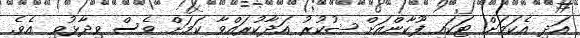
އަދި އެކަމަށް ޓަކައި ފޫކާންއަށް ޝުކުރު އަދާކުރައްވާ ކަމަށް ވެސް ވިދާޅުވި އެވެ.